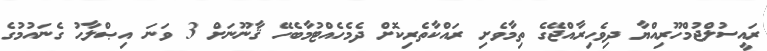
ރައީސުލްޖުމްހޫރިއްޔާ ދިވެހިރާއްޖޭގެ ތިމާވެށި ރައްކާތެރިކޮށް ދެމެހެއްޓުމާބެހޭ ޤާނޫނަށް 3 ވަނަ އިޞްލާޙު ގެނައުމުގެ